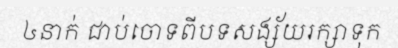
៤នាក់ ជាប់ចោទពីបទសង្ស័យរក្សាទុក